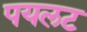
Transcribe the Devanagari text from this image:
पयलट